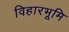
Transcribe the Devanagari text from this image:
विहारभूमि